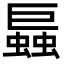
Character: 螶